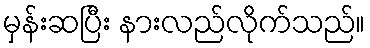
မှန်းဆပြီး နားလည်လိုက်သည်။